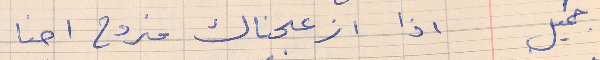
جميل    اذا ازعجناك منروح احنا